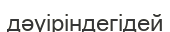
дәуіріндегідей